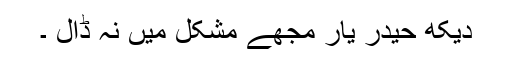
دیکھ حیدر یار مجھے مشکل میں نہ ڈال ۔